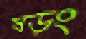
ষড়ং